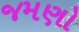
જમણો